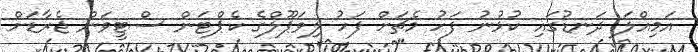
އަމިއްލަ ދަނޑުގައި ކުޅުނު ފަހު މެޗަށް ފަހު ލިވަޕޫލްގެ ކެޕްޓަން ސްޓީވަން ޖެރާޑަށް